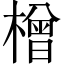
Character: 橧